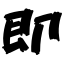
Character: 即